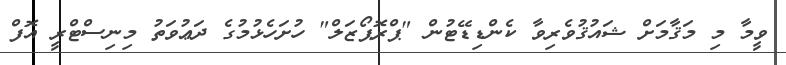
ވީމާ މި މަޤާމަށް ޝައުޤުވެރިވާ ކެންޑިޑޭޓުން "ޕްރޮޕޯޒަލް" ހުށަހެޅުމުގެ ދަޢުވަތު މިނިސްޓްރީ އޮފް